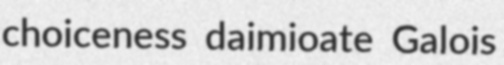
choiceness daimioate Galois